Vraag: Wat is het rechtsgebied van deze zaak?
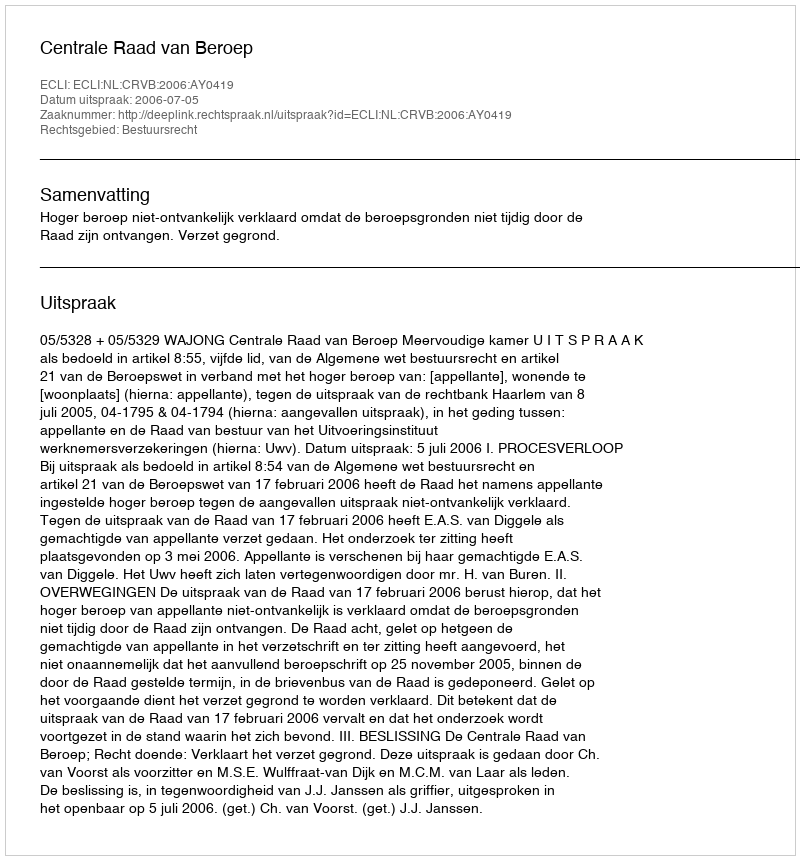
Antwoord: Bestuursrecht